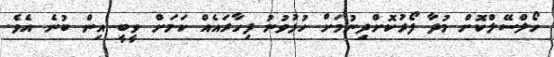
ހޯލްސޭލްކޮށް މުދާ ފޯރުކޮށްދިނުމަށް ހުޅުވުނު ފިހާރައެއް ކަމަށް ވީބީ އިން ބުނެ އެވެ.